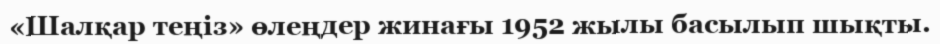
«Шалқар теңіз» өлеңдер жинағы 1952 жылы басылып шықты.